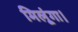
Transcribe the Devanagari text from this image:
मिलूंगा।